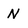
Character: N